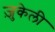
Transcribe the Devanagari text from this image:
ज़ुकेली